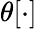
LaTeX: \theta[\cdot]